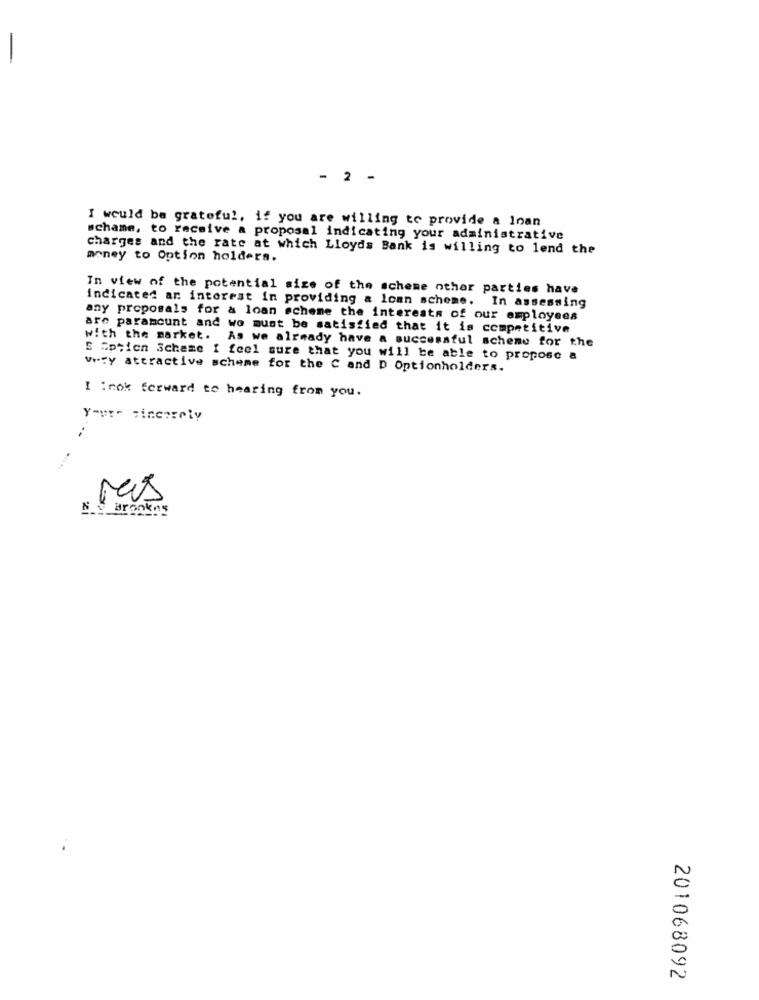
- 2
-
I would be grateful, if you are willing to provide a Inan
schame, to receive a proposal indicating your administrative
charges and the rate at which Lloyds Bank is willing to lend the
money to Option holders.
In view of the potential size of the scheme other parties have
indicated ar interest in providing & loan scheme. In assessing
any proposals for & loan scheme the interests of our employees
are paramount and wo must be satisfied that it is competitive
with the market. As we already have a successful scheme for the
S Gptien Scheme I feel sure that you will be able to propose a
very attractive scheme for the C and D Optionholders.
I :nok forward to hearing from you.
Y-ur- zineperly
Ms
Ny Bronkny
N
20
201068092